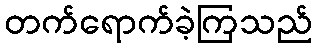
တက်ရောက်ခဲ့ကြသည်